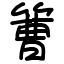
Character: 𥲍